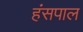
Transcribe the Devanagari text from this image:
हंसपाल